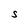
Character: S